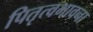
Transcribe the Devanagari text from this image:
पितृत्वभावना